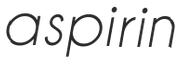
aspirin